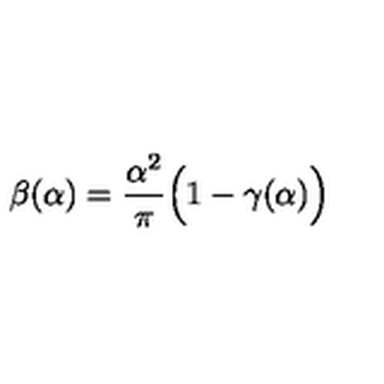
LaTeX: \beta ( \alpha ) = \frac { \alpha ^ { 2 } } { \pi } \Big ( 1 - \gamma ( \alpha ) \Big )